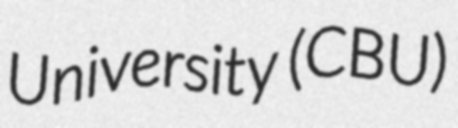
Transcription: University (CBU)